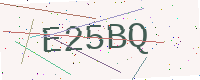
Text: E25BQ